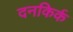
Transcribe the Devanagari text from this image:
दनकिर्क